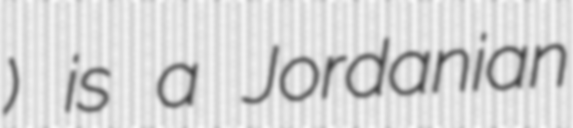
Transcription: قعوار) is a Jordanian